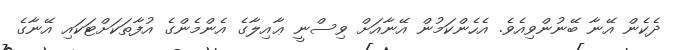
ދެކެން އޭނާ ބޭނުންވިއެވެ. އެހެންކަމުން އޭނާއަށް ވިސްނީ ޢާއިލާގެ އެންމެންގެ އުފާތަކަށްޓަކައި އޭނާގެ